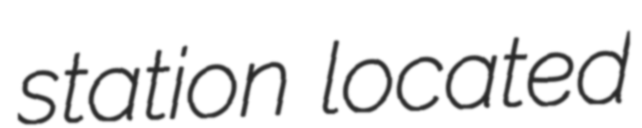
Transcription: station located